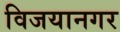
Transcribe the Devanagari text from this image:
विजयानगर